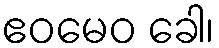
ဧဝမေဝ ခေါ၊